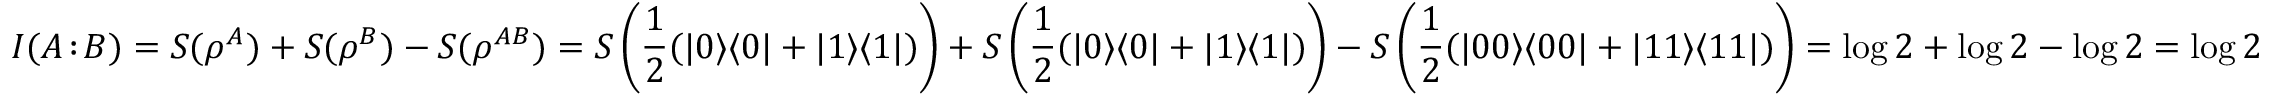
I ( A \! : \! B ) = S ( \rho ^ { A } ) + S ( \rho ^ { B } ) - S ( \rho ^ { A B } ) = S \left( { \frac { 1 } { 2 } } ( | 0 \rangle \langle 0 | + | 1 \rangle \langle 1 | ) \right) + S \left( { \frac { 1 } { 2 } } ( | 0 \rangle \langle 0 | + | 1 \rangle \langle 1 | ) \right) - S \left( { \frac { 1 } { 2 } } ( | 0 0 \rangle \langle 0 0 | + | 1 1 \rangle \langle 1 1 | ) \right) = \log 2 + \log 2 - \log 2 = \log 2